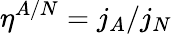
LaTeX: \eta^{A/N}=j_{A}/j_{N}